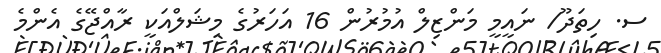
ސ. ހިތަދޫ/ ނައީމީ މަންޒިލް އުމުރުން 16 އަހަރުގެ މިޝަލްއަކީ ރާއްޖޭގެ އެންމެ